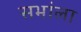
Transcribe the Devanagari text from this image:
सभांला